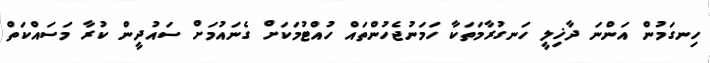
ހިނގަމުން އަންނަ ދާޚިލީ ހަނގުރާމަތަކާ ހަމަނުޖެހުންތައް ހުއްޓުމަކަށް ގެނައުމަށް ސައުދީން ކުރާ މަސައްކަތް